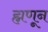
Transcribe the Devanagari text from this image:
ह्मणून